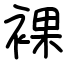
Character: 裸